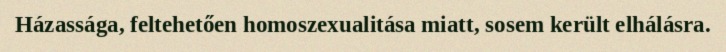
Házassága, feltehetően homoszexualitása miatt, sosem került elhálásra.